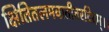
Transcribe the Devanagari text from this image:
क्षितितलमवातीतरदिदम्।।